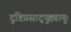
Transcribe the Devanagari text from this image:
दृष्टिप्रसाद्पुष्ट्यायुः